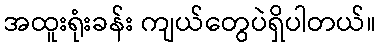
အထူးရုံးခန်း ကျယ်တွေပဲရှိပါတယ်။